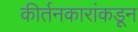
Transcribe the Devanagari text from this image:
कीर्तनकारांकडून